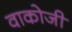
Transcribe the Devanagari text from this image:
वाकोजी